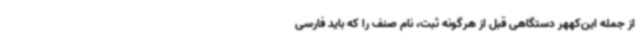
از جمله این‌کههر دستگاهی قبل از هرگونه ثبت، نام صنف را که باید فارسی